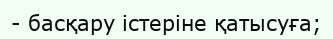
- басқару істеріне қатысуға;